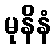
မုနိနံ